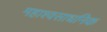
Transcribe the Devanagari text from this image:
महाश्वसाधनिक